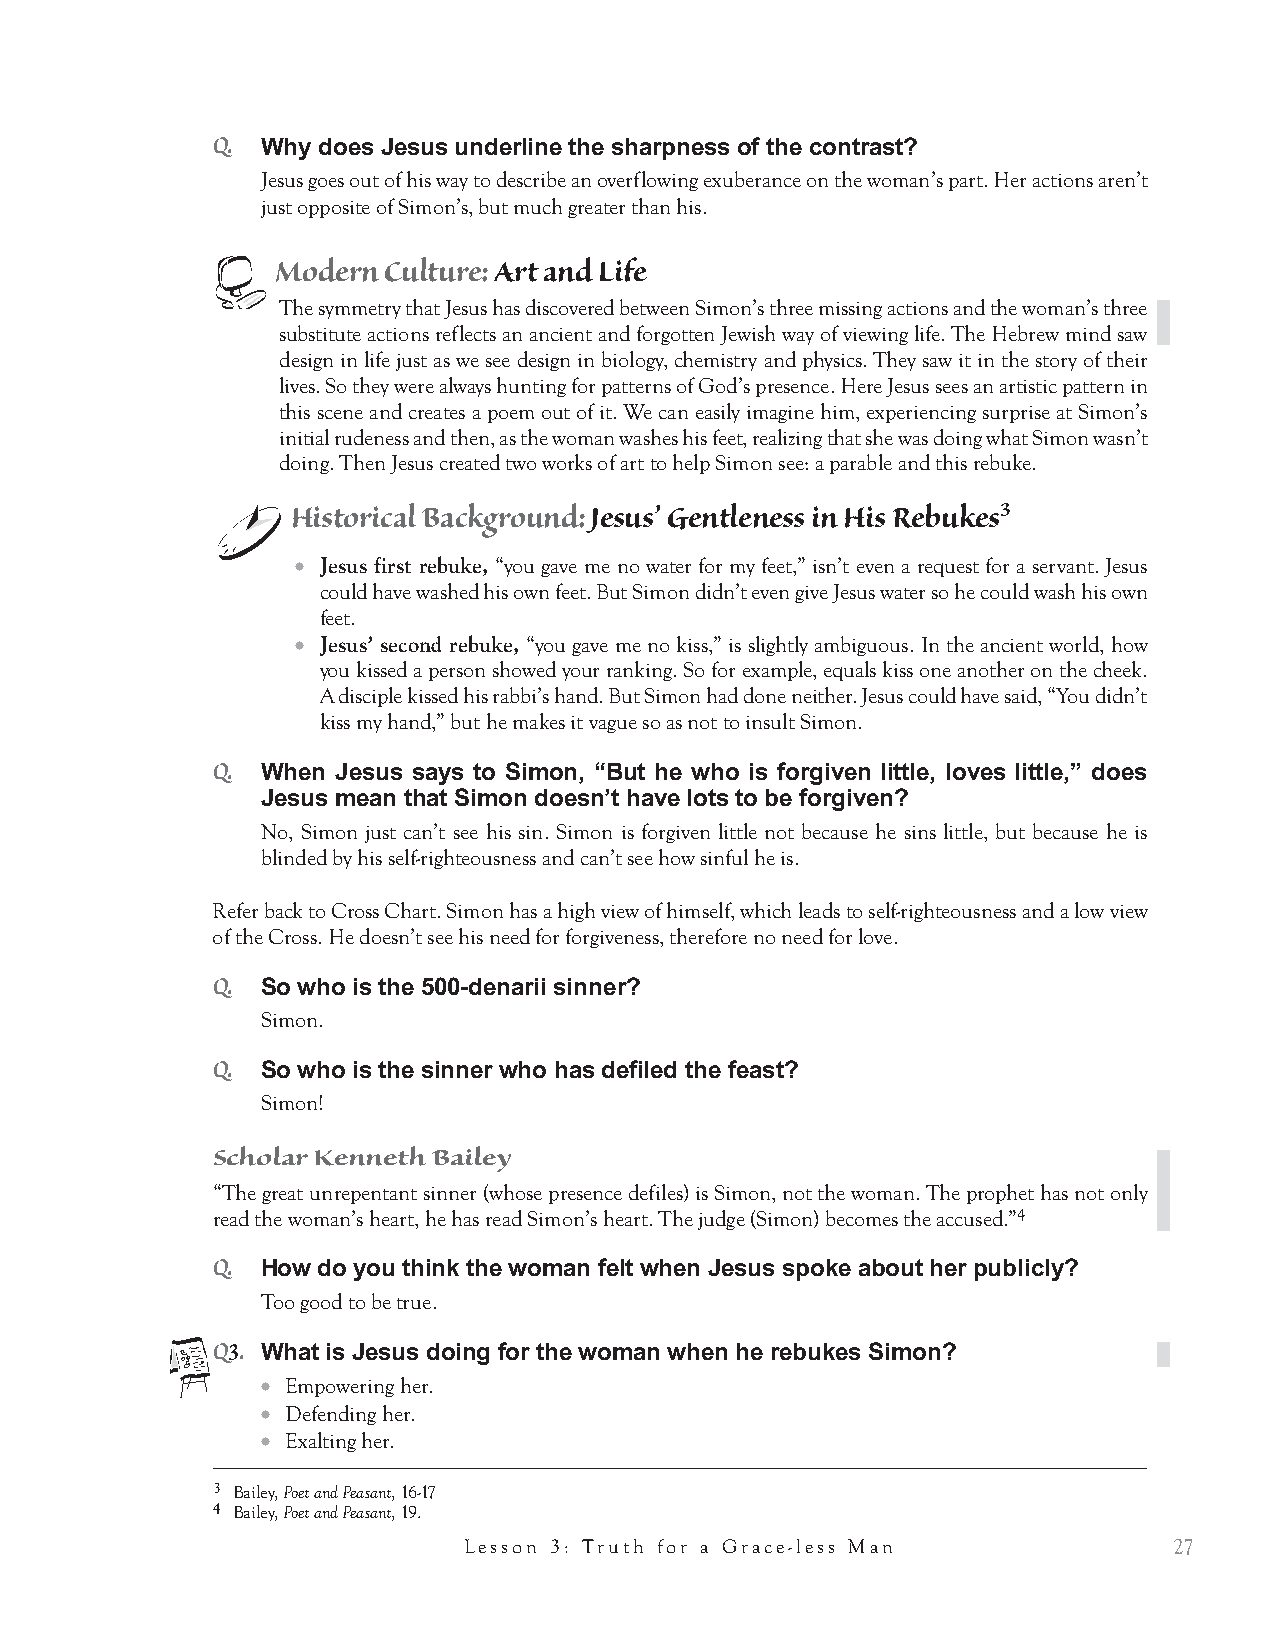
Reflecting on the Cross Chart.
 Q.
 How can you tell if you have a big cross or a small one?
 Q.
 What do we like about having a small cross?
 Q.
 Where are you on the Cross Chart?
 Q.
 What is the connection between seeing your Flesh and seeing the Cross?
 Reflecting on love.
 Q.
 Where does love come from? What is the energy for love?
 Q.
 Explain how you can feel like a big sinner and yet be a big lover?
 24            Grace Through the Eyes of Jesus Interactive Bible Study